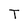
Character: T